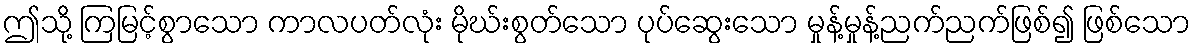
ဤသို့ ကြမြင့်စွာသော ကာလပတ်လုံး မိုဃ်းစွတ်သော ပုပ်ဆွေးသော မှုန့်မှုန့်ညက်ညက်ဖြစ်၍ ဖြစ်သော